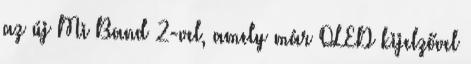
az új Mi Band 2-vel, amely már OLED kijelzővel